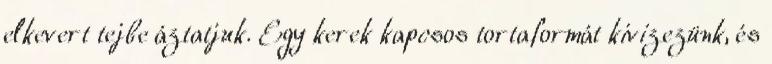
elkevert tejbe áztatjuk. Egy kerek kapcsos tortaformát kivizezünk, és